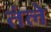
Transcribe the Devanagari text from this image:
तंले